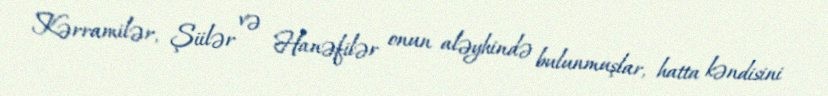
Kərramilər, Şiilər və Hanəfilər onun aləyhində bulunmuşlar, hatta kəndisini